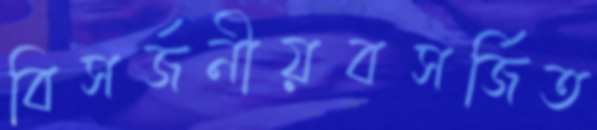
বিসর্জনীয়বসর্জিত